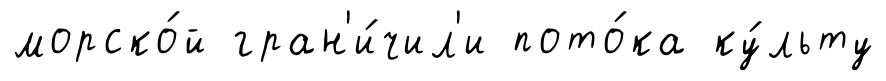
морско́й гран'и́чил'и пото́ка ку́льту